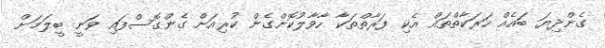
ގެންދިޔަ ބައެއް ހަރަކާތްތައް އެކި ފަރާތްތަކާ ހާވާލުކޮށްގެން ކުރިއަށް ގެންގޮސްފައި ވަނީ ބީލަމަށް